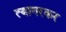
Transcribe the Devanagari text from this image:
त्यागरकर